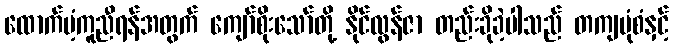
ထောက်ပံ့ကူညီရန်အတွက် ကျော်စိုးသော်တို့ နိုင်လွန်ဇာ တည်းခိုခဲ့ပါသည် တကျပုံစံနှင့်